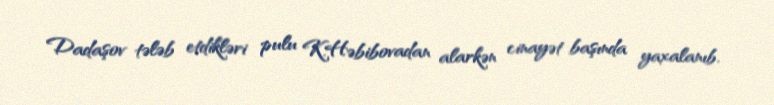
Dadaşov tələb etdikləri pulu K.Həbibovadan alarkən cinayət başında yaxalanıb.